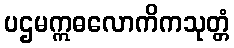
ပဌမဣဓလောကိကသုတ္တံ